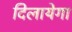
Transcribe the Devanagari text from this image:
दिलायेगा